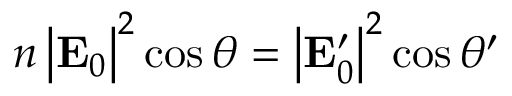
n \left\vert \mathbf { E } _ { 0 } \right\vert ^ { 2 } \cos \theta = \left\vert \mathbf { E } _ { 0 } ^ { \prime } \right\vert ^ { 2 } \cos \theta ^ { \prime }